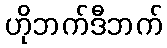
ဟိုဘက်ဒီဘက်